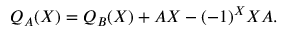
Q _ { A } ( X ) = Q _ { B } ( X ) + A X - ( - 1 ) ^ { X } X A .